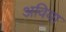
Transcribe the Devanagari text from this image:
अविया